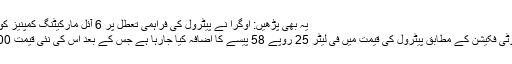
یہ بھی پڑھیں: اوگرا نے پیٹرول کی فراہمی تعطل پر 6 آئل مارکیٹنگ کمپنیز کو شوکاز نوٹس جاری کردیا
خزانہ ڈویژن سے جاری نوٹی فکیشن کے مطابق پیٹرول کی قیمت میں فی لیٹر 25 روپے 58 پیسے کا اضافہ کیا جارہا ہے جس کے بعد اس کی نئی قیمت 100 روپے 10 پیسے ہوگی۔